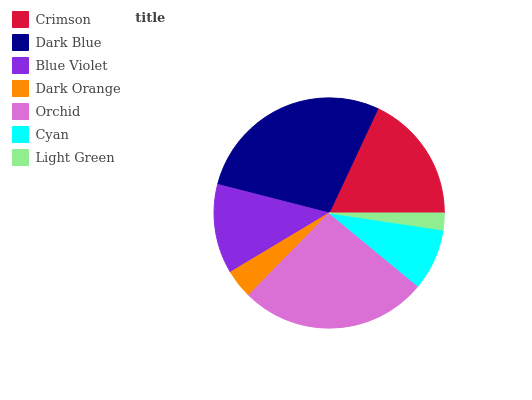
| Crimson | Dark Blue | Blue Violet | Dark Orange | Orchid | Cyan | Light Green |
 | --- | --- | --- | --- | --- | --- | --- |
 | 18% | 28% | 12.6% | 4.06% | 26.4% | 8.62% | 2.35% |